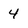
Character: 4